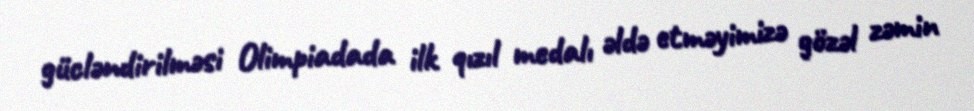
gücləndirilməsi Olimpiadada ilk qızıl medalı əldə etməyimizə gözəl zəmin